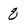
Character: 8